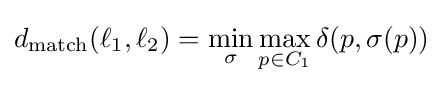
d_{\text{match}}(\ell _{1},\ell _{2})=\min _{\sigma }\max _{p\in C_{1}}\delta (p,\sigma (p))